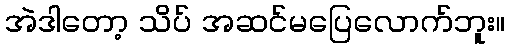
အဲဒါတော့ သိပ် အဆင်မပြေလောက်ဘူး။